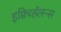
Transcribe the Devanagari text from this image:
इक्विव्हॅलन्स